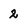
Character: 2